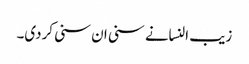
زیب النسانے سنی ان سنی کردی۔